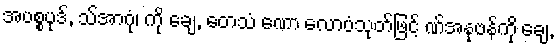
အပစ္စပုဒ်, သ်အာဂုံ၊ ကို ချေ, တေသံ ဏော လောပံသုတ်ဖြင့် ဏ်အနုဗန်ကို ချေ,